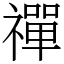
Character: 禪